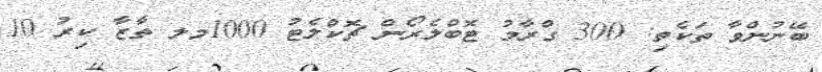
ބޭނުންވާ ތަކެތި: 300 ގްރާމު ޓޮބްލެރޯން ޗޮކްލެޓު 1000މލ ތާޒާ ކިރު 10